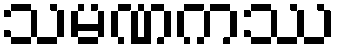
သမဏကဿ